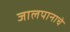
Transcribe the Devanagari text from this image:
जालपानाचे